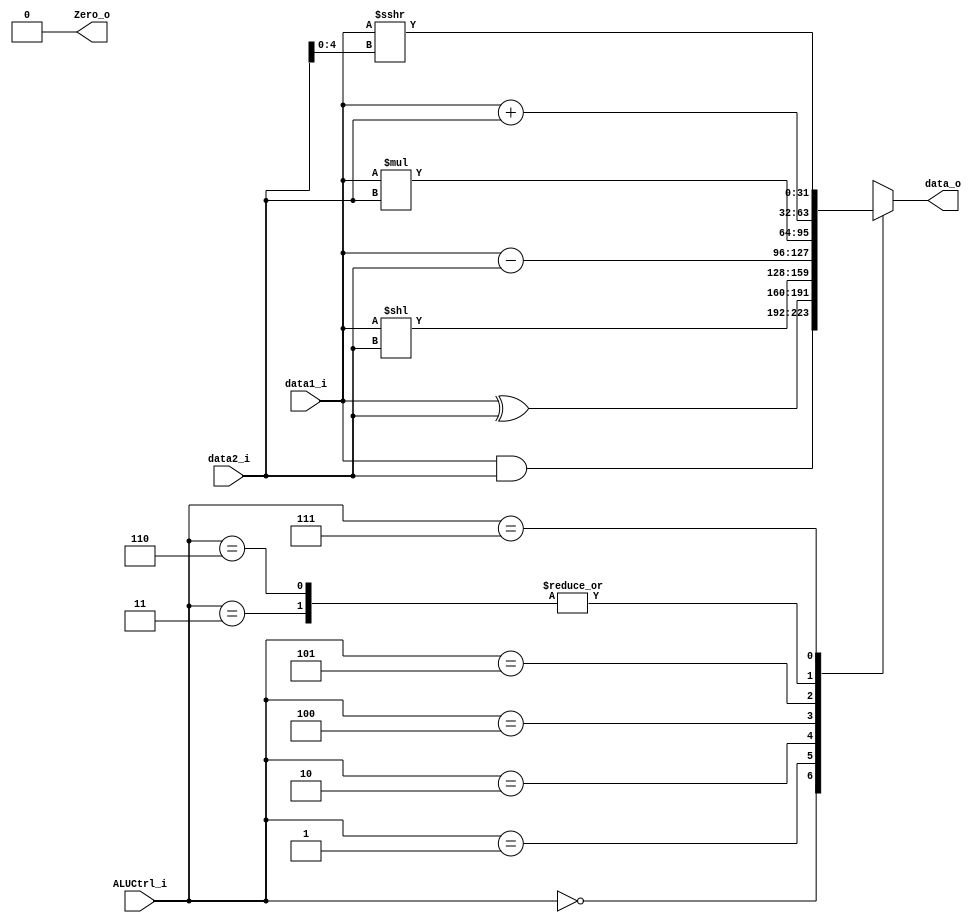
`define AND     3'b000
`define XOR     3'b001
`define SLL     3'b010
`define ADD     3'b011
`define SUB     3'b100
`define MUL     3'b101
`define ADDI    3'b110
`define SRAI    3'b111

module ALU(
    data1_i,
    data2_i,
    ALUCtrl_i,
    data_o,
    Zero_o
);

//Ports
input   [31:0]  data1_i;
input   [31:0]  data2_i;
input   [2:0]   ALUCtrl_i;
output  [31:0]  data_o;
output          Zero_o;

reg     [31:0]  data_o;

assign Zero_o = 1'b0;

always @(data1_i or data2_i or ALUCtrl_i) begin
    case (ALUCtrl_i)
        `AND 	: data_o <= $signed(data1_i) & $signed(data2_i);
		`XOR 	: data_o <= $signed(data1_i) ^ $signed(data2_i);
		`SLL 	: data_o <= $signed(data1_i) << data2_i;
		`ADD 	: data_o <= $signed(data1_i) + $signed(data2_i);
		`SUB 	: data_o <= $signed(data1_i) - $signed(data2_i);
		`MUL 	: data_o <= $signed(data1_i) * $signed(data2_i);
		`ADDI 	: data_o <= $signed(data1_i) + $signed(data2_i);
		`SRAI 	: data_o <= $signed(data1_i) >>> data2_i[4:0]; 
		default : data_o <= 0;
    endcase
end

endmodule